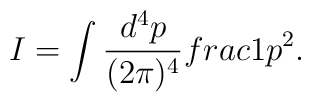
I = \int\frac{d^4 p}{(2\pi)^4} \\frac{1}{p^2}.